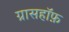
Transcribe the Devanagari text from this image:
ग्रासहॉफ़